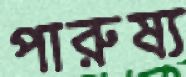
পারুষ্য